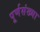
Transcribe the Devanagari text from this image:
पूर्णसंख्या